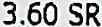
3.60 SR